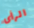
الرأى